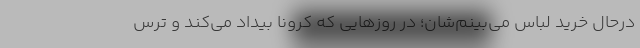
درحال خرید لباس می‌بینم‌شان؛ در روزهایی که کرونا بیداد می‌کند و ترس